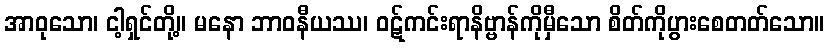
အာဝုသော၊ ငါ့ရှင်တို့။ မနော ဘာဝနီယဿ၊ ဝဋ်ကင်းရာနိဗ္ဗာန်ကိုမှီသော စိတ်ကိုပွားစေတတ်သော။